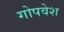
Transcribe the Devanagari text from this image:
गोपवेश